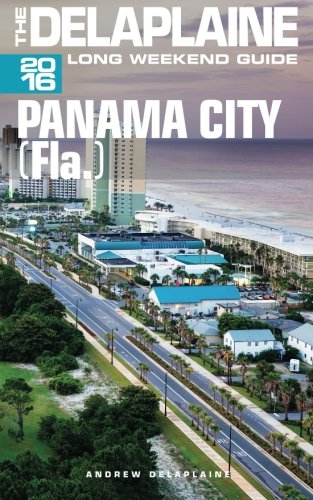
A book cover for PANAMA CITY (Fla) - The Delaplaine 2016 Long Weekend Guide (Long Weekend Guides); Andrew Delaplaine; Travel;